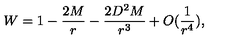
W = 1 - \frac { 2 M } { r } - \frac { 2 D ^ { 2 } M } { r ^ { 3 } } + O ( \frac { 1 } { r ^ { 4 } } ) ,